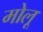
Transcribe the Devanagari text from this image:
मोलू